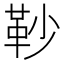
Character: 䩖